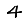
Digit: 4